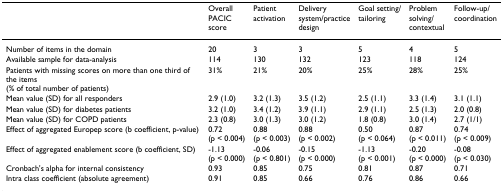
<table><thead><tr><td>[EMPTY_CELL]</td><td><b>OverallPACICscore</b></td><td><b>Patient activation</b></td><td><b>Delivery system/practicedesign</b></td><td><b>Goal setting/tailoring</b></td><td><b>Problem solving/contextual</b></td><td><b>Follow-up/coordination</b></td></tr></thead><tbody><tr><td>Number of items in the domain</td><td>20</td><td>3</td><td>3</td><td>5</td><td>4</td><td>5</td></tr><tr><td>Available sample for data-analysis</td><td>114</td><td>130</td><td>132</td><td>123</td><td>118</td><td>124</td></tr><tr><td>Patients with missing scores on more than one third of the items (% of total number of patients)</td><td>31%</td><td>21%</td><td>20%</td><td>25%</td><td>28%</td><td>25%</td></tr><tr><td>Mean value (SD) for all responders</td><td>2.9 (1.0)</td><td>3.2 (1.3)</td><td>3.5 (1.2)</td><td>2.5 (1.1)</td><td>3.3 (1.4)</td><td>3.1 (1.1)</td></tr><tr><td>Mean value (SD) for diabetes patients</td><td>3.2 (1.0)</td><td>3.4 (1.2)</td><td>3.9 (1.1)</td><td>2.9 (1.1)</td><td>2.5 (1.3)</td><td>2.0 (0.8)</td></tr><tr><td>Mean value (SD) for COPD patients</td><td>2.3 (0.8)</td><td>3.0 (1.3)</td><td>3.0 (1.2)</td><td>1.8 (0.8)</td><td>3.0 (1.4)</td><td>2.7 (1/1)</td></tr><tr><td>Effect of aggregated Europep score (b coefficient, p-value)</td><td>0.72 (p &lt; 0.004)</td><td>0.88 (p &lt; 0.003)</td><td>0.88 (p &lt; 0.002)</td><td>0.50 (p &lt; 0.064)</td><td>0.87 (p &lt; 0.011)</td><td>0.74 (p &lt; 0.009)</td></tr><tr><td>Effect of aggregated enablement score (b coefficient, SD)</td><td>-1.13 (p &lt; 0.000)</td><td>-0.06 (p &lt; 0.801)</td><td>-0.15 (p &lt; 0.000)</td><td>-1.13 (p &lt; 0.001)</td><td>-0.20 (p &lt; 0.000)</td><td>-0.08 (p &lt; 0.030)</td></tr><tr><td>Cronbach's alpha for internal consistency</td><td>0.93</td><td>0.85</td><td>0.75</td><td>0.81</td><td>0.87</td><td>0.71</td></tr><tr><td>Intra class coefficient (absolute agreement)</td><td>0.91</td><td>0.85</td><td>0.66</td><td>0.76</td><td>0.86</td><td>0.66</td></tr></tbody></table>